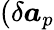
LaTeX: (\delta\boldsymbol{a}_{p}